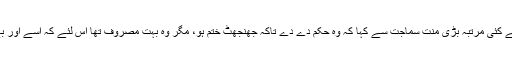
بشن سنگھ نے اس خدا سے کئی مرتبہ بڑی منّت سماجت سے کہا کہ وہ حکم دے دے تاکہ جھنجھٹ ختم ہو، مگر وہ بہت مصروف تھا اس لئے کہ اسے اور بے شمار حکم دینے تھے۔